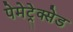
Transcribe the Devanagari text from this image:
पेमेट्रेक्सेड